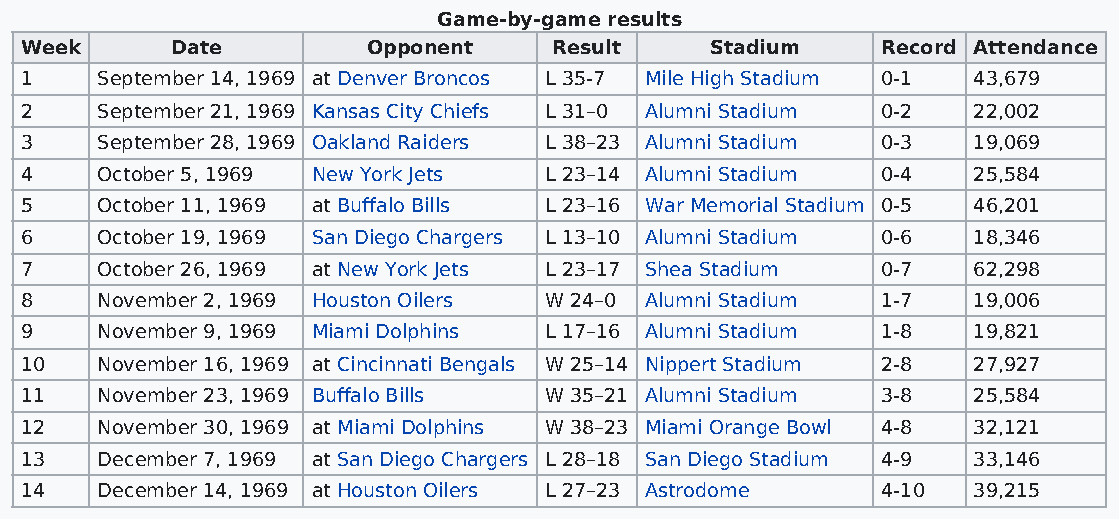
Game-by-game results
 Week      Date         Opponent     Result    Stadium    Record Attendance
 1    September 14, 1969 at Denver Broncos L 35-7 Mile High Stadium 0-1 43,679
 2    September 21, 1969 Kansas City Chiefs L 31–0 Alumni Stadium 0-2 22,002
 3    September 28, 1969 Oakland Raiders L 38–23 Alumni Stadium 0-3 19,069
 4    October 5, 1969 New York Jets L 23–14 Alumni Stadium 0-4  25,584
 5    October 11, 1969 at Buffalo Bills L 23–16 War Memorial Stadium 0-5 46,201
 6    October 19, 1969 San Diego Chargers L 13–10 Alumni Stadium 0-6 18,346
 7    October 26, 1969 at New York Jets L 23–17 Shea Stadium 0-7 62,298
 8    November 2, 1969 Houston Oilers W 24–0 Alumni Stadium 1-7 19,006
 9    November 9, 1969 Miami Dolphins L 17–16 Alumni Stadium 1-8 19,821
 10   November 16, 1969 at Cincinnati Bengals W 25–14 Nippert Stadium 2-8 27,927
 11   November 23, 1969 Buffalo Bills W 35–21 Alumni Stadium 3-8 25,584
 12   November 30, 1969 at Miami Dolphins W 38–23 Miami Orange Bowl 4-8 32,121
 13   December 7, 1969 at San Diego Chargers L 28–18 San Diego Stadium 4-9 33,146
 14   December 14, 1969 at Houston Oilers L 27–23 Astrodome 4-10 39,215